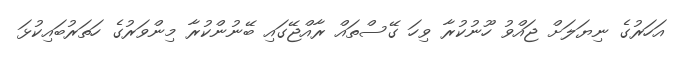
އަހަރުގެ ނިޔަލަށް ޖައްވު ހޫނުކުރާ ވިހަ ގޭސްތައް ރާއްޖޭގައި ބޭނުންކުރާ މިންވަރުގެ ހަތަރުބައިކުޅަ